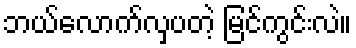
ဘယ်လောက်လှပတဲ့ မြင်ကွင်းလဲ။